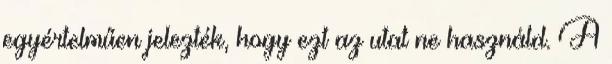
egyértelműen jelezték, hogy ezt az utat ne használd. A